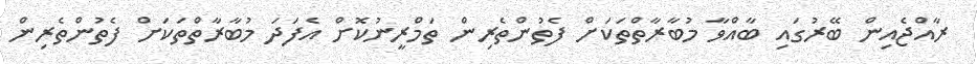
ރާއްޖެއިން ބޭރުގައި ބާއްވާ މުބާރާތްތަކަށް ފެތުންތެރިން ތަމްރީނުކޮށް އެފަދަ މުބާރާތްތަކަށް ފެތުންތެރިން